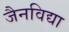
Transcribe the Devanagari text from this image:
जैनविद्या